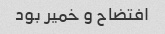
افتضاح و خمیر بود